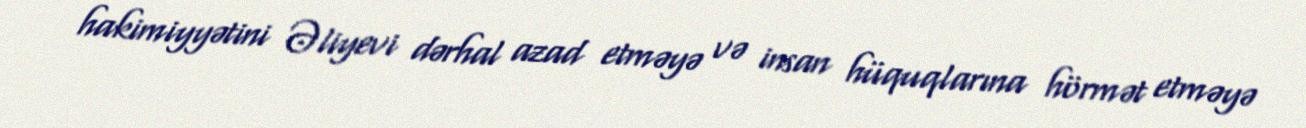
hakimiyyətini Əliyevi dərhal azad etməyə və insan hüquqlarına hörmət etməyə